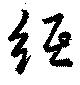
紙